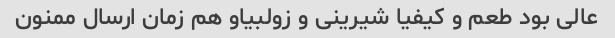
عالی بود طعم و کیفیا شیرینی و زولبیاو هم زمان ارسال ممنون